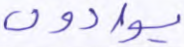
يوادون